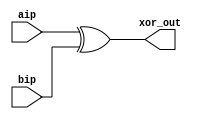
`timescale 1ns / 1ps
//////////////////////////////////////////////////////////////////////////////////
// Company: 
// Engineer: 
// 
// Design Name: 
// Module Name:    xor_m 
// Project Name: 
// Target Devices: 
// Tool versions: 
// Description: 
//
// Dependencies: 
//
// Revision: 
// Revision 0.01 - File Created
// Additional Comments: 
//
//////////////////////////////////////////////////////////////////////////////////
module xor_m(output xor_out,input aip,input bip);
xor xg(xor_out,aip,bip);
endmodule